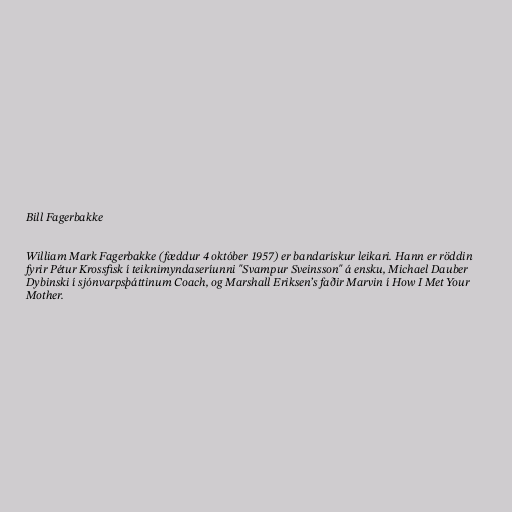
Bill Fagerbakke

William Mark Fagerbakke (fæddur 4 október 1957) er bandarískur leikari. Hann er röddin
fyrir Pétur Krossfisk í teiknimyndaseríunni "Svampur Sveinsson" á ensku, Michael Dauber
Dybinski í sjónvarpsþáttinum Coach, og Marshall Eriksen’s faðir Marvin í How I Met Your
Mother.